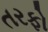
તરફો